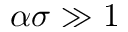
\alpha \sigma \gg 1